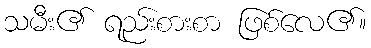
သမီး၏ ရည်းစားစာ ဖြစ်လေ၏။